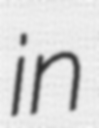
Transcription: in